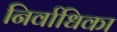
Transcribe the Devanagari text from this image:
निर्वाधिका